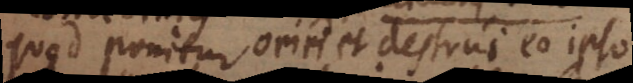
quod ponitur oriri et destrui eo ipso